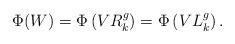
LaTeX: \begin{align*}\Phi(W) = \Phi\left(V R^g_k\right) = \Phi\left(V L^g_k\right).\end{align*}